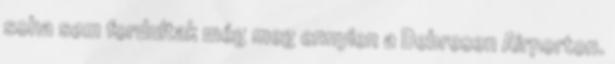
soha sem fordultak még meg ennyien a Debrecen Airporton.